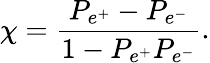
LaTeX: \chi={\frac{P_{e^{+}}-P_{e^{-}}}{1-P_{e^{+}}P_{e^{-}}}}.